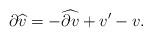
LaTeX: \begin{align*}\partial \widehat{v}=-\widehat{\partial v}+v^{\prime }-v. \end{align*}